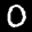
Label: 0